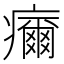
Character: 𤻞